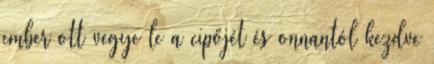
ember ott vegye le a cipőjét és onnantól kezdve